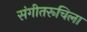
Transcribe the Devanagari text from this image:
संगीतरूचिला